Language: tamil
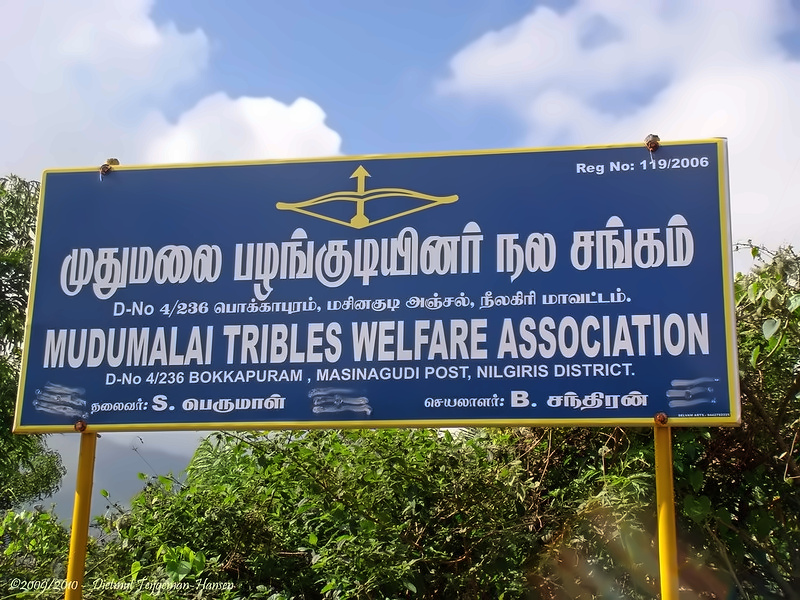
Transcription: பழங்குடியினர் நல சங்கம் பொக்காபுரம் மசினகுடி அஞ்சல் நீலகிரி மாவட்டம் தலைவா் பெருமாள் செயலாளா் சந்திரன் முதுமலை